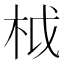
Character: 𣐋